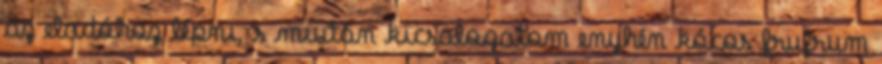
az eladóhoz lépni, s miután kicsalogatom enyhén kócos frufrum